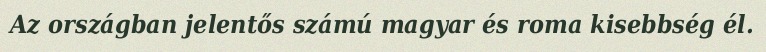
Az országban jelentős számú magyar és roma kisebbség él.